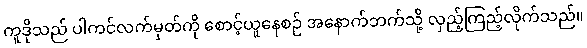
ကူဒိုသည် ပါကင်လက်မှတ်ကို စောင့်ယူနေစဉ် အနောက်ဘက်သို့ လှည့်ကြည့်လိုက်သည်။